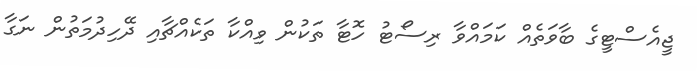
ޖީއެސްޓީގެ ބާވަތެއް ކަމައްވާ ރިސޯޓު ހޮޓާ ތަކުން ވިއްކާ ތަކެއްޗާއި ދޭހިދުމަތުން ނަގާ